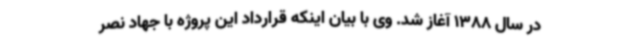
در سال 1388 آغاز شد. وی با بیان اینکه قرارداد این پروژه با جهاد نصر